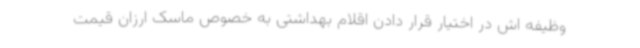
وظیفه اش در اختیار قرار دادن اقلام بهداشتی به خصوص ماسک ارزان قیمت